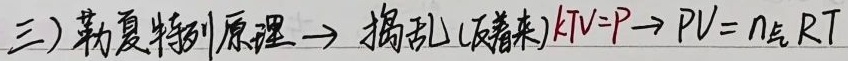
三）勒夏特列原理 \(\to\) 捣乱(反着来) \(kTV = P\to PV=n_{气}RT\)